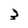
Character: 3